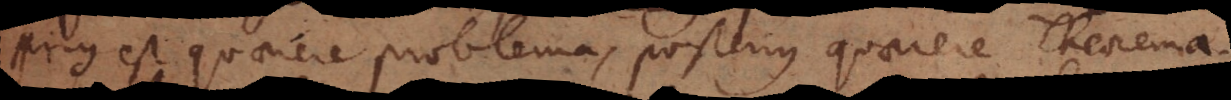
Prius est quaerere problema, posterius quaerere Theorema.